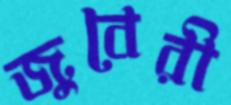
জুবেরী